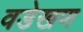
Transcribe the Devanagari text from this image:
वडेखण